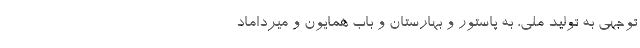
توجهی به تولید ملی، به پاستور و بهارستان و باب همایون و میرداماد